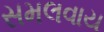
સમલવાય